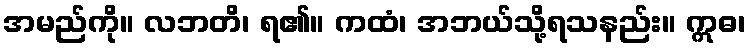
အမည်ကို။ လဘတိ၊ ရ၏။ ကထံ၊ အဘယ်သို့ရသနည်း။ ဣဓ၊